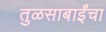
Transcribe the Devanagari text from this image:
तुळसाबाईंचा